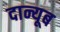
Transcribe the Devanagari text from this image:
दान्यूब